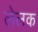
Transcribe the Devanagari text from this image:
लेलक